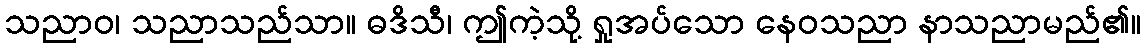
သညာဝ၊ သညာသည်သာ။ ဓဒိသီ၊ ဤကဲ့သို့ ရှုအပ်သော နေဝသညာ နာသညာမည်၏။